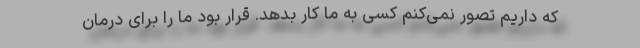
که داریم تصور نمی‌کنم کسی به ما کار بدهد. قرار بود ما را برای درمان